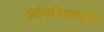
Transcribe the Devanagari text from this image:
आणिविषाणूंचा